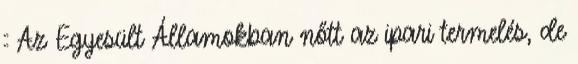
:: Az Egyesült Államokban nőtt az ipari termelés, de